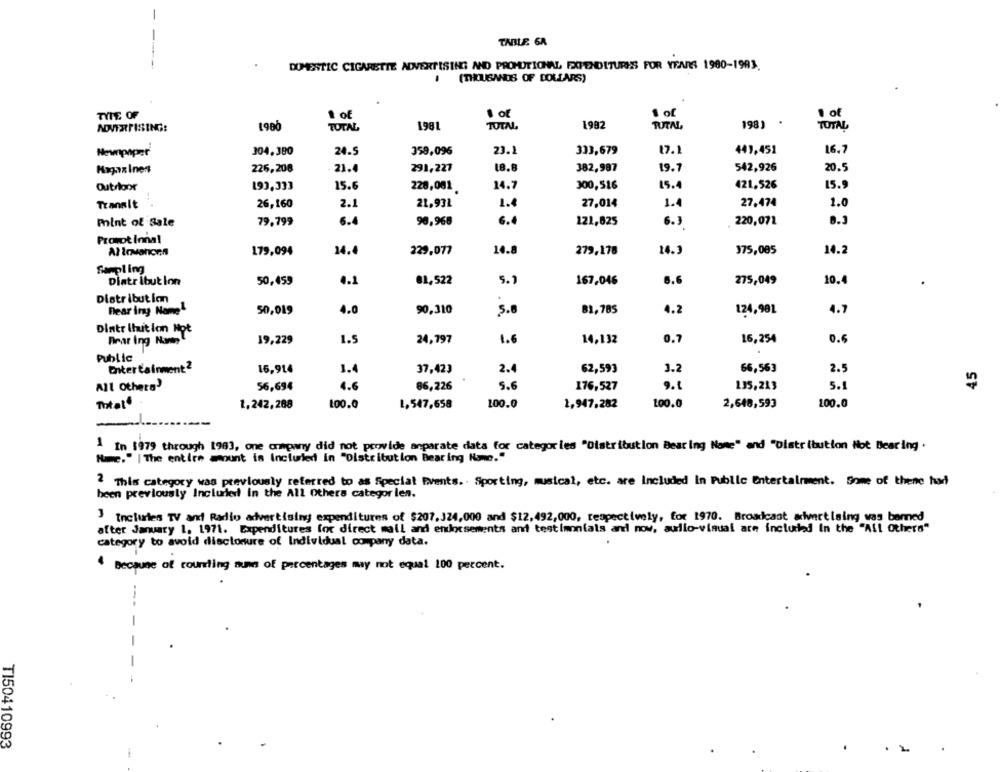
-
TABLE GA
DOMESTIC CIGARETTE ADVERTISING AND PROMOTIONAL EXPENDITURES FOR YEARS 1980-1983.
(THOUSANDS OF DOLLARS)
TYTE OF
· of
1 of
1 of
1900
TOTAL
1981
TOTAL.
1982
TUTAL
198)
TOTAL
Newpaper
304.380
24.
358,096
23.1
333,679
17.1
441,451
16.7
Magaz Iner
226,208
21.
291,227
18.8
382,987
19.7
542,926
20.5
Outroor
193,333
15.6
14.7
300,516
15.4
421,526
15.9
228,001
Transit
26,160
2.1
21.93L
1.4
27,014
1.4
27,474
1.0
Point of Sale
79.799
6.4
90,966
6.4
121,825
6.3
220,072
8.3
Pronot Innal
179,094
14.4
229,077
14.8
279,178
14.3
375,085
14.2
Sampling
Diatribut Ion
50,459
4.1
81,522
5.7
167,046
6.6
275,049
10.4
Distribution
near iny Namel
50,019
90,310
4.2
4.0
5.8
81,785
124,90L
4.7
Dintr Ihution Hot
Brat ing Name
19,229
1.5
24,797
1.6
14,132
0.7
16,254
0.6
.
Public
16,914
1.4
37,423
2.4
62,593
1.2
66,563
2.5
45
All Others
56,694
4.6
86,226
5.6
176,527
9.1
135,213
5.1
mhtat
1,242,288
100.0
1. 547,658
100.0
1,947,282
100.0
2,648,593
100.0
1 In 1979 through 1983, one onwpwny did not provide anparate data for categories "Distribution Bearing Name" and "Distribution Not Bearing .
Hmc." | The entire amount is Included In "Distribution Bearing Home."
This category was previously referred to as Special Events. Sporting, musical, etc. are included In Public Entertainment. Some of these hai
been previously Included in the All Others categor len.
) Includes TV and Radio advertising expenditures of $207,324,000 and $12, 492,000, respectively, for 1970. Broadcast mivertising was banned
after January 1, 1971. Expenditures for direct mail and endorsements andt testimonials and now, audio-visual are included In the "All Others"
category to avoid disclosure of Individual company data.
4 Because of rounding sunn of percentages may not equal 100 percent.
--
TI50410993